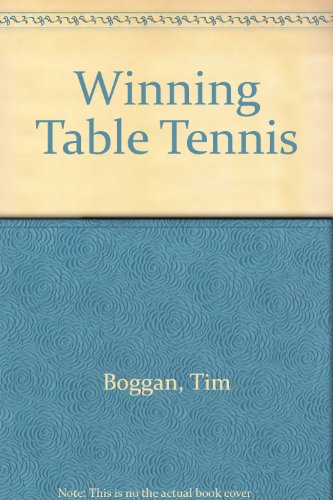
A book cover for Winning Table Tennis; Tim Boggan; Sports & Outdoors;